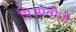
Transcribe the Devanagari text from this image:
पिआवीची